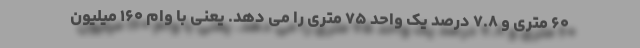
۶۰ متری و ۷.۸ درصد یک واحد ۷۵ متری را می دهد. یعنی با وام ۱۶۰ میلیون